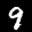
Label: 9